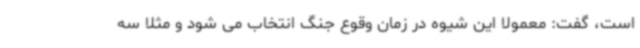
است، گفت: معمولا این شیوه در زمان وقوع جنگ انتخاب می شود و مثلا سه